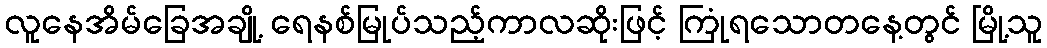
လူနေအိမ်ခြေအချို့ ရေနစ်မြုပ်သည့်ကာလဆိုးဖြင့် ကြုံရသောတနေ့တွင် မြို့သူ